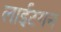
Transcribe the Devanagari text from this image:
लाईटगन